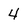
Character: 4